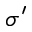
\sigma ^ { \prime }